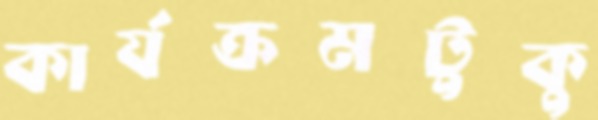
কার্যক্রমটুকু